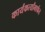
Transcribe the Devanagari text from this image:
कार्यंकर्त्यांमार्फत